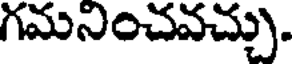
గమనించవచ్చు.